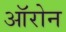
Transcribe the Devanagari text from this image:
ऑरोन